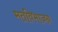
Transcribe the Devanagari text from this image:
मतविभाजन